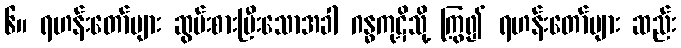
၆။ ရဟန်းတော်များ ဆွမ်းစားပြီးသောအခါ ဂန္ဓကုဋိသို့ ကြွ၍ ရဟန်းတော်များ ဆည်း